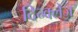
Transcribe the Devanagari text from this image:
दिन्क्लेज